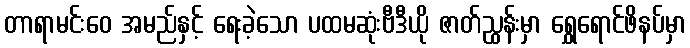
တာရာမင်းဝေ အမည်နှင့် ရေးခဲ့သော ပထမဆုံးဗီဒီယို ဇာတ်ညွှန်းမှာ ရွှေရောင်ဖိနပ်မှာ